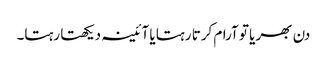
دن بھر یا تو آرام کرتا رہتا یا آئینہ دیکھتا رہتا۔